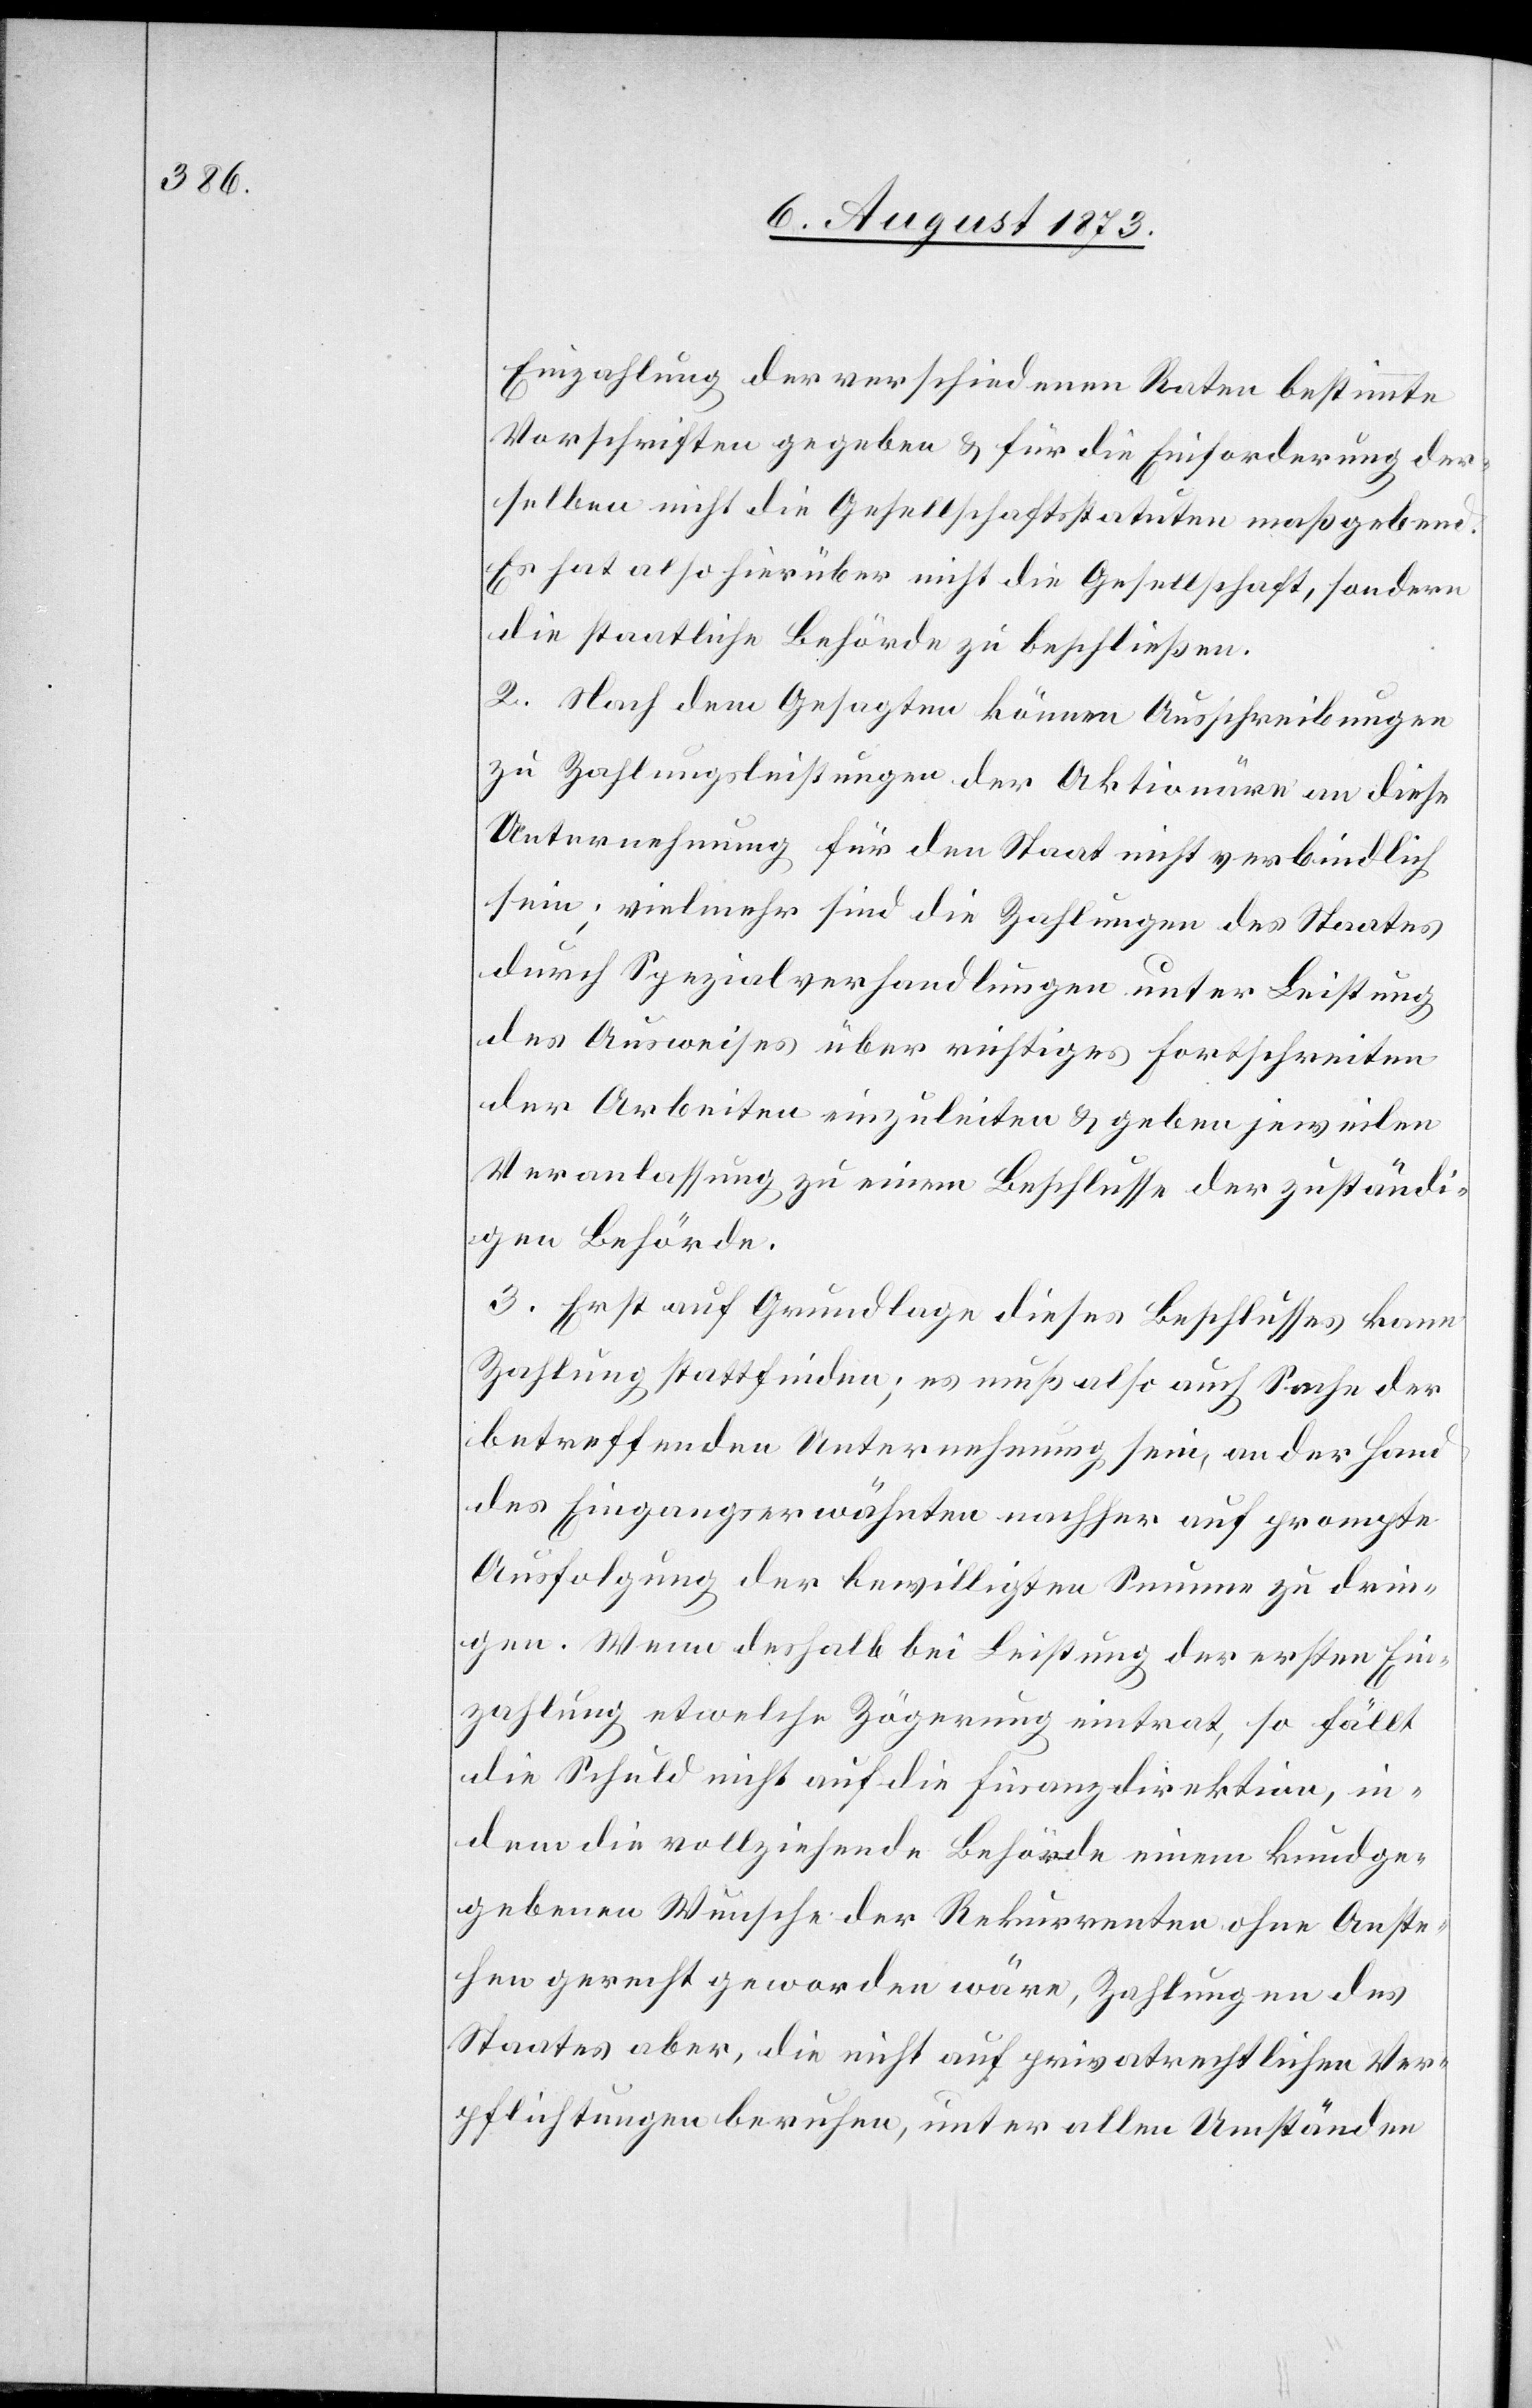
Einzahlung der verschiedenen Raten bestimmte
Vorschriften gegeben & für die Einforderung der¬
selben nicht die Gesellschaftsstatuten maßgebend.
Es hat also hierüber nicht die Gesellschaft, sondern
die staatliche Behörde zu beschließen.
2. Nach dem Gesagten können Ausschreibungen
zu Zahlungsleistungen der Aktionäre an diese
Unternehmung für den Staat nicht verbindlich
sein; vielmehr sind die Zahlungen des Staates
durch Spezialverhandlungen unter Leistung
des Ausweises über richtiges Fortschreiten
der Arbeiten einzuleiten & geben jeweilen
Veranlassung zu einem Beschlusse der zuständi¬
gen Behörde.
3. Erst auf Grundlage dieses Beschlusses kann
Zahlung stattfinden; es muß also auch Sache der
betreffenden Unternehmung sein, an der Hand
des Eingangserwähnten nachher auf prompte
Ausfolgung der bewilligten Summe zu drin¬
gen. Wenn deshalb bei Leistung der ersten Ein¬
zahlung etwelche Zögerung eintrat, so fällt
die Schuld nicht auf die Finanzdirektion, in¬
dem die vollziehende Behörde einem kundge¬
gebenen Wunsche der Rekurrenten ohne Anste¬
hen gerecht geworden wäre, Zahlungen des
Staates aber, die nicht auf privatrechtlichen Ver¬
pflichtungen beruhen, unter allen Umständen